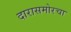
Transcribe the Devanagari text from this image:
दारासमोरचा